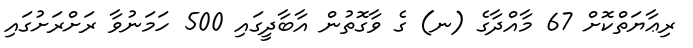
ރިޢާޔަތްކޮށް 67 މާއްދާގެ (ނ) ގެ ވާގޮތުން އާބާދީގައި 500 ހަމަނުވާ ރަށްރަށުގައި